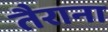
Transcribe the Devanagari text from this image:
तैराना